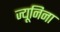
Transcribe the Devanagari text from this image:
ज्यूनिना